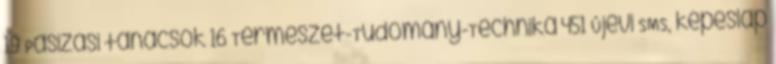
19 Pasizási tanácsok 16 Természet-Tudomány-Technika 451 Újévi SMS, képeslap